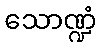
သောဏ္ဍံ